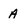
Character: A